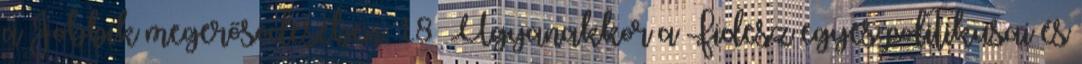
a Jobbik megerősödésében. 18 Ugyanakkor a Fidesz egyes politikusai és